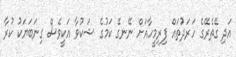
އަދި ގޭތެރޭގެ ހަރަދުތައް ފިރިމީހާއަށް ނޭނގޭ ކަމުގެ ޝަކުވާ އަކީވެސް ގިނަބަޔަކު ކުރާ